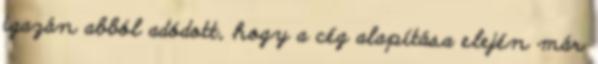
igazán abból adódott, hogy a cég alapítása elején már